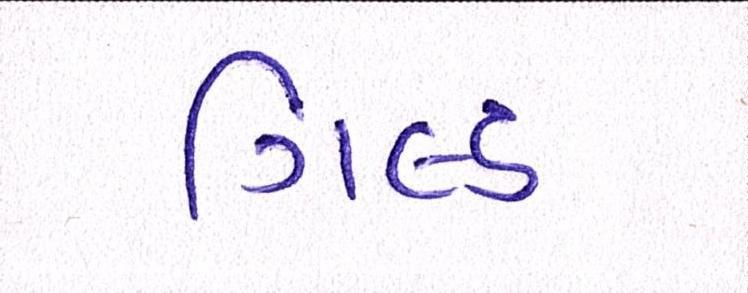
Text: ગિલ્ડ